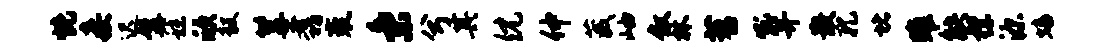
恍妾迟髯秣欣毅篝翥袤秉兮其倪仲葳岫叙林苕吼笄散孔堵雎觖襟源蟠